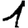
Digit: 1